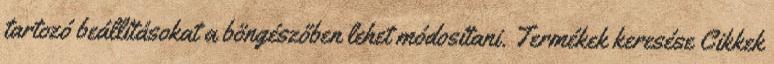
tartozó beállításokat a böngészőben lehet módosítani. Termékek keresése Cikkek